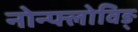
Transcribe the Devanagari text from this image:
नोन्फ्लोविङ्